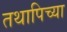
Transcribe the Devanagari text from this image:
तथापिच्या